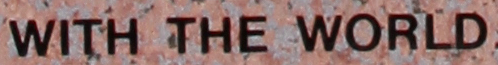
WITH THE WORLD.